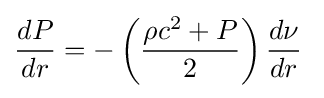
{\frac {dP}{dr}}=-\left({\frac {\rho c^{2}+P}{2}}\right){\frac {d\nu }{dr}}\;